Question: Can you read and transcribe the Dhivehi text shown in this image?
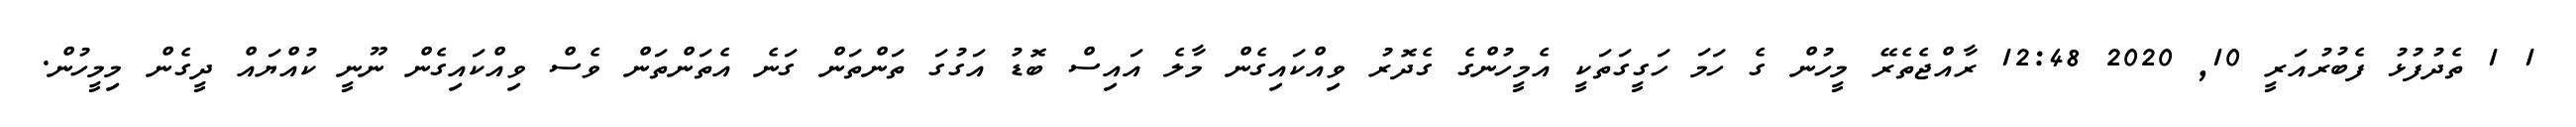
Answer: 1 1 ތެދުފުޅު ފެބުރުއަރީ 10, 2020 12:48 ރާއްޖެތެރޭ މީހުން ގެ ހަމަ ހަގީގަތަކީ އެމީހުންގެ ގެދޮރު ވިއްކައިގެން މާލެ އައިސް ބޮޑު އަގުގަ ތަންތަން ގަނެ އެތަންތަން ވެސް ވިއްކައިގެން ނޫނީ ކުއްޔައް ދީގެން މިމީހުން.